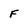
Character: f